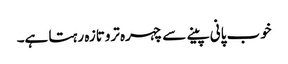
خوب پانی پینے سے چہرہ تروتازہ رہتا ہے۔